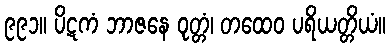
၉၉၁။ ပိဋကံ ဘာဇနေ ဝုတ္တံ၊ တထေဝ ပရိယတ္တိယံ။